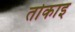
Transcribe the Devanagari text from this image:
तोकाइ